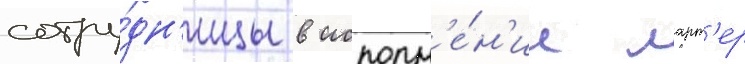
сотру́дн'ицы в исполн'е́н'ии ларт'ер